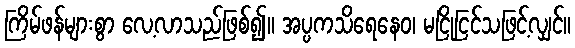
ကြိမ်ဖန်များစွာ လေ့လာသည်ဖြစ်၍။ အပ္ပကသိရေနေဝ၊ မငြိုငြင်သဖြင့်လျှင်။